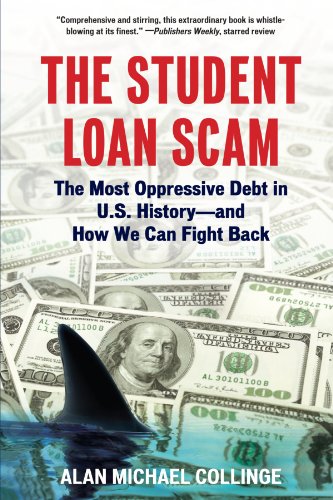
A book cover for The Student Loan Scam: The Most Oppressive Debt in U.S. History and How We Can Fight Back; Alan Collinge; Business & Money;